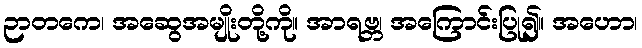
ဉာတကေ၊ အဆွေအမျိုးတို့ကို။ အာရဗ္ဘ၊ အကြောင်းပြု၍။ အဟော၊